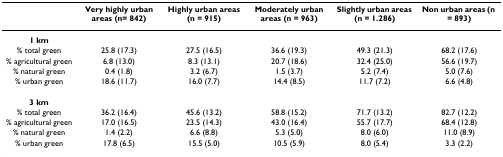
<table><thead><tr><td></td><td><b>Very highly urban areas (n= 842)</b></td><td><b>Highly urban areas (n = 915)</b></td><td><b>Moderately urban areas (n = 963)</b></td><td><b>Slightly urban areas (n = 1.286)</b></td><td><b>Non urban areas (n = 893)</b></td></tr></thead><tbody><tr><td><b>1 km</b></td><td></td><td></td><td></td><td></td><td></td></tr><tr><td>% total green</td><td>25.8 (17.3)</td><td>27.5 (16.5)</td><td>36.6 (19.3)</td><td>49.3 (21.3)</td><td>68.2 (17.6)</td></tr><tr><td>% agricultural green</td><td>6.8 (13.0)</td><td>8.3 (13.1)</td><td>20.7 (18.6)</td><td>32.4 (25.0)</td><td>56.6 (19.7)</td></tr><tr><td>% natural green</td><td>0.4 (1.8)</td><td>3.2 (6.7)</td><td>1.5 (3.7)</td><td>5.2 (7.4)</td><td>5.0 (7.6)</td></tr><tr><td>% urban green</td><td>18.6 (11.7)</td><td>16.0 (7.7)</td><td>14.4 (8.5)</td><td>11.7 (7.2)</td><td>6.6 (4.8)</td></tr><tr><td><b>3 km</b></td><td></td><td></td><td></td><td></td><td></td></tr><tr><td>% total green</td><td>36.2 (16.4)</td><td>45.6 (13.2)</td><td>58.8 (15.2)</td><td>71.7 (13.2)</td><td>82.7 (12.2)</td></tr><tr><td>% agricultural green</td><td>17.0 (16.5)</td><td>23.5 (14.3)</td><td>43.0 (16.4)</td><td>55.7 (17.7)</td><td>68.4 (12.8)</td></tr><tr><td>% natural green</td><td>1.4 (2.2)</td><td>6.6 (8.8)</td><td>5.3 (5.0)</td><td>8.0 (6.0)</td><td>11.0 (8.9)</td></tr><tr><td>% urban green</td><td>17.8 (6.5)</td><td>15.5 (5.0)</td><td>10.5 (5.9)</td><td>8.0 (5.4)</td><td>3.3 (2.2)</td></tr></tbody></table>